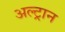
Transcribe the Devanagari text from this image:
अल्ट्रान